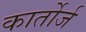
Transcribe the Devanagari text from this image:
कार्तोर्ज